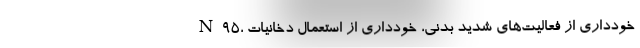
N۹۵، خودداری از فعالیت‌های شدید بدنی، خودداری از استعمال دخانیات